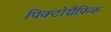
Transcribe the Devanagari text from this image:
पिक्टोग्रैफ़िक